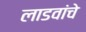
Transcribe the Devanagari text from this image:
लाडवांचे